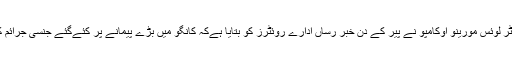
بین الاقوامی فوجداری عدالت ICC کے چیف پراسیکیوٹر لوئس مورینو اوکامپو نے پیر کے دن خبر رساں ادارے روئٹرز کو بتایا ہےکہ کانگو میں بڑے پیمانے پر کئےگئے جنسی جرائم کی تحقیق و تفتیش کے لئے یہ گرفتاری انتہائی اہم ہے۔